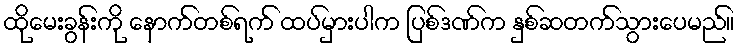
ထိုမေးခွန်းကို နောက်တစ်ရက် ထပ်မှားပါက ပြစ်ဒဏ်က နှစ်ဆတက်သွားပေမည်။